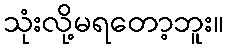
သုံးလို့မရတော့ဘူး။